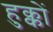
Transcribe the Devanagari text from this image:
हुक्कों